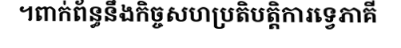
។ពាក់ព័ន្ធនឹងកិច្ចសហប្រតិបត្តិការទ្វេភាគី